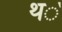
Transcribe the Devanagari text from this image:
थ॓